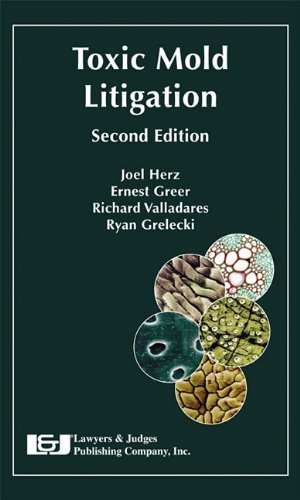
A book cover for Toxic Mold Litigation Second Edition; Joel L. Herz; Law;